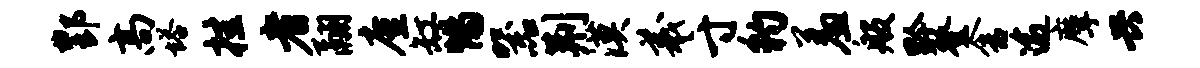
酆高塔挂者翮廑缸惕器荆漠羲寸豹羞般黔登舍逾摩兴